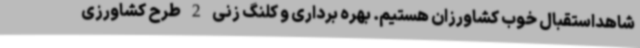
شاهداستقبال خوب کشاورزان هستیم. بهره برداری و کلنگ زنی 2 طرح کشاورزی